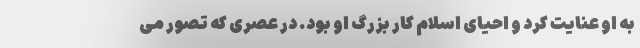
به او عنایت کرد و احیای اسلام کار بزرگ او بود. در عصری که تصور می